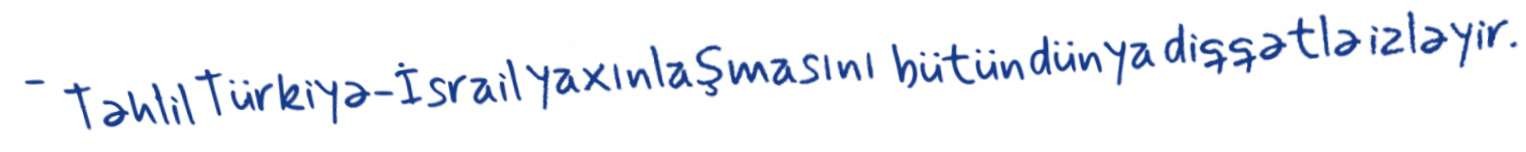
- Təhlil Türkiyə-İsrail yaxınlaşmasını bütün dünya diqqətlə izləyir.